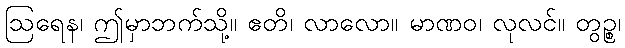
ဩရေန၊ ဤမှာဘက်သို့။ ဧတိ၊ လာလော။ မာဏဝ၊ လုလင်။ တွဉ္စ၊